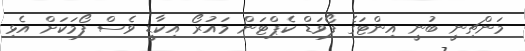
މަންޗިނީ ބުނީ އިންޓަގެ ފޯވަޑް ކެޕްޓަން މައުރޯ އިކާޑީ ވެސް ފޯމަކަށް އެޅި